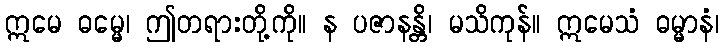
ဣမေ ဓမ္မေ၊ ဤတရားတို့ကို။ န ပဇာနန္တိ၊ မသိကုန်။ ဣမေသံ ဓမ္မာနံ၊